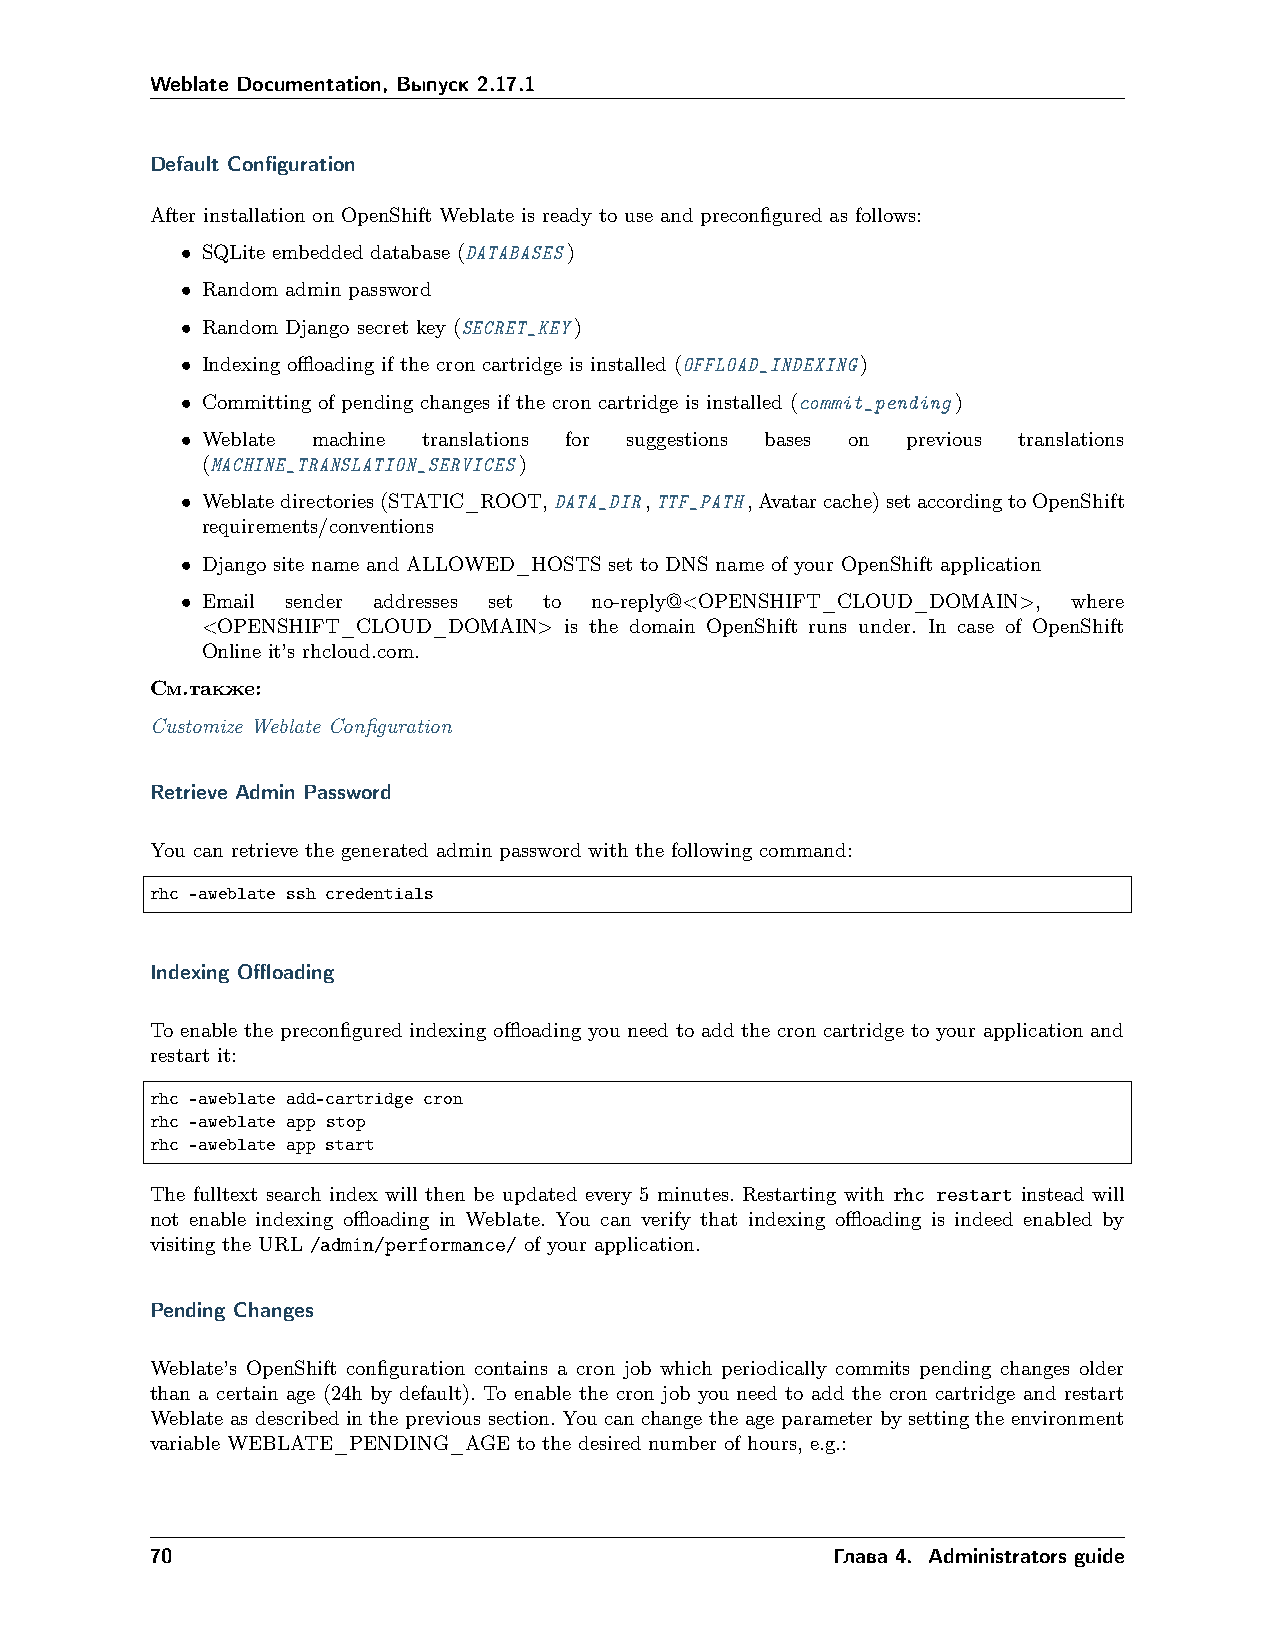
Weblate Documentation, Выпуск 2.17.1
 Default Configuration
 After installation on OpenShift Weblate is ready to use and preconfigured as follows:
 • SQLite embedded database (DATABASES)
 • Random admin password
 • Random Django secret key (SECRET_KEY)
 • Indexing offloading if the cron cartridge is installed (OFFLOAD_INDEXING)
 • Committing of pending changes if the cron cartridge is installed (commit_pending)
 • Weblate machine translations for suggestions bases on previous translations
 (MACHINE_TRANSLATION_SERVICES)
 • Weblatedirectories(STATIC_ROOT,DATA_DIR,TTF_PATH,Avatarcache)setaccordingtoOpenShift
 requirements/conventions
 • Django site name and ALLOWED_HOSTS set to DNS name of your OpenShift application
 • Email sender addresses set to no-reply@<OPENSHIFT_CLOUD_DOMAIN>, where
 <OPENSHIFT_CLOUD_DOMAIN> is the domain OpenShift runs under. In case of OpenShift
 Online it’s rhcloud.com.
 См.также:
 Customize Weblate Configuration
 Retrieve Admin Password
 You can retrieve the generated admin password with the following command:
 rhc -aweblate ssh credentials
 Indexing Offloading
 To enable the preconfigured indexing offloading you need to add the cron cartridge to your application and
 restart it:
 rhc -aweblate add-cartridge cron
 rhc -aweblate app stop
 rhc -aweblate app start
 The fulltext search index will then be updated every 5 minutes. Restarting with rhc restart instead will
 not enable indexing offloading in Weblate. You can verify that indexing offloading is indeed enabled by
 visiting the URL /admin/performance/ of your application.
 Pending Changes
 Weblate’s OpenShift configuration contains a cron job which periodically commits pending changes older
 than a certain age (24h by default). To enable the cron job you need to add the cron cartridge and restart
 Weblate as described in the previous section. You can change the age parameter by setting the environment
 variable WEBLATE_PENDING_AGE to the desired number of hours, e.g.:
 70                                           Глава 4. Administrators guide